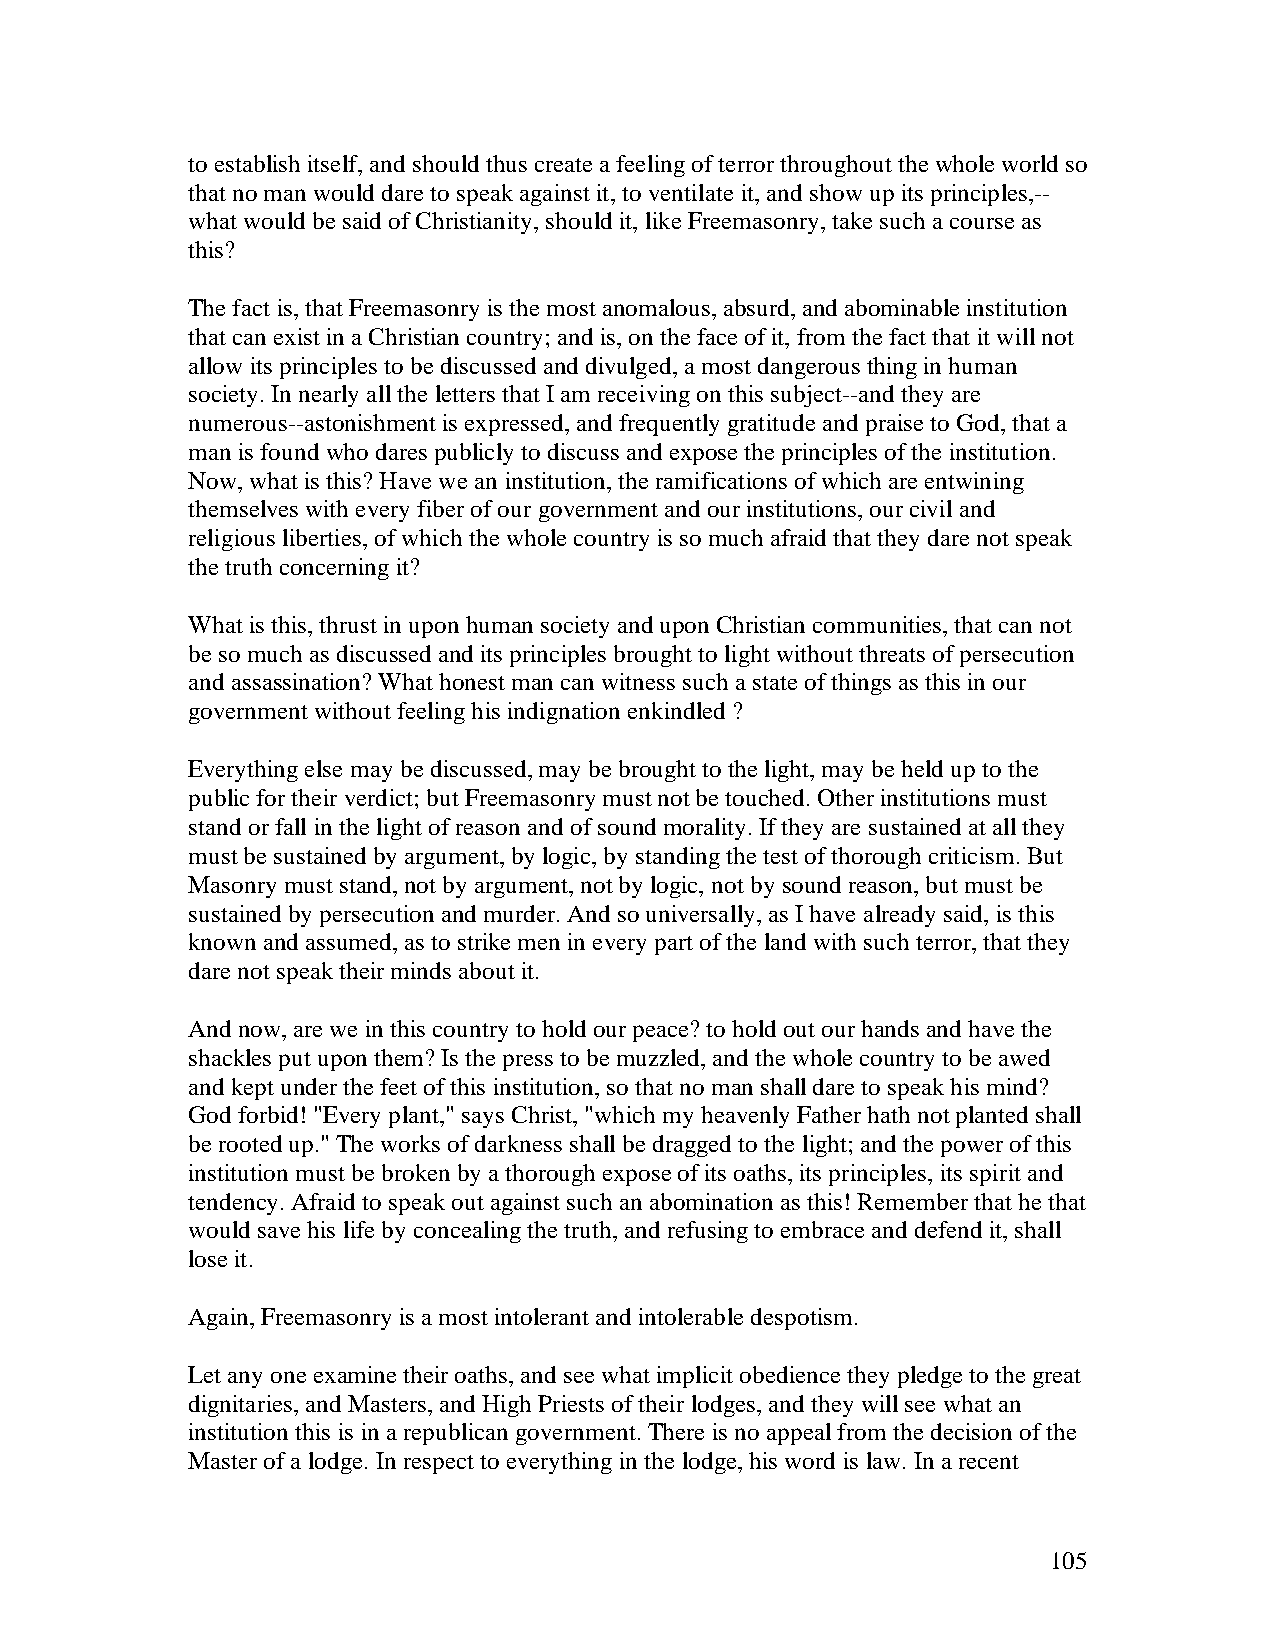
to establish itself, and should thus create a feeling of terror throughout the whole world so
 that no man would dare to speak against it, to ventilate it, and show up its principles,--
 what would be said of Christianity, should it, like Freemasonry, take such a course as
 this?
 The fact is, that Freemasonry is the most anomalous, absurd, and abominable institution
 that can exist in a Christian country; and is, on the face of it, from the fact that it will not
 allow its principles to be discussed and divulged, a most dangerous thing in human
 society. In nearly all the letters that I am receiving on this subject--and they are
 numerous--astonishment is expressed, and frequently gratitude and praise to God, that a
 man is found who dares publicly to discuss and expose the principles of the institution.
 Now, what is this? Have we an institution, the ramifications of which are entwining
 themselves with every fiber of our government and our institutions, our civil and
 religious liberties, of which the whole country is so much afraid that they dare not speak
 the truth concerning it?
 What is this, thrust in upon human society and upon Christian communities, that can not
 be so much as discussed and its principles brought to light without threats of persecution
 and assassination? What honest man can witness such a state of things as this in our
 government without feeling his indignation enkindled ?
 Everything else may be discussed, may be brought to the light, may be held up to the
 public for their verdict; but Freemasonry must not be touched. Other institutions must
 stand or fall in the light of reason and of sound morality. If they are sustained at all they
 must be sustained by argument, by logic, by standing the test of thorough criticism. But
 Masonry must stand, not by argument, not by logic, not by sound reason, but must be
 sustained by persecution and murder. And so universally, as I have already said, is this
 known and assumed, as to strike men in every part of the land with such terror, that they
 dare not speak their minds about it.
 And now, are we in this country to hold our peace? to hold out our hands and have the
 shackles put upon them? Is the press to be muzzled, and the whole country to be awed
 and kept under the feet of this institution, so that no man shall dare to speak his mind?
 God forbid! "Every plant," says Christ, "which my heavenly Father hath not planted shall
 be rooted up." The works of darkness shall be dragged to the light; and the power of this
 institution must be broken by a thorough expose of its oaths, its principles, its spirit and
 tendency. Afraid to speak out against such an abomination as this! Remember that he that
 would save his life by concealing the truth, and refusing to embrace and defend it, shall
 lose it.
 Again, Freemasonry is a most intolerant and intolerable despotism.
 Let any one examine their oaths, and see what implicit obedience they pledge to the great
 dignitaries, and Masters, and High Priests of their lodges, and they will see what an
 institution this is in a republican government. There is no appeal from the decision of the
 Master of a lodge. In respect to everything in the lodge, his word is law. In a recent
 105